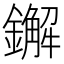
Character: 𨮂